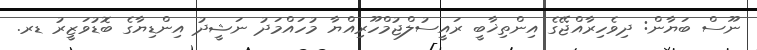
ނޫސް ބަޔާން: ދިވެހިރާއްޖޭގެ އިންތިޚާބީ ރައީސުލްޖުމްހޫރިއްޔާ މުހައްމަދު ނަޝީދު އިންޑިޔާގެ ބޮޑުވަޒީރު ޑރ.